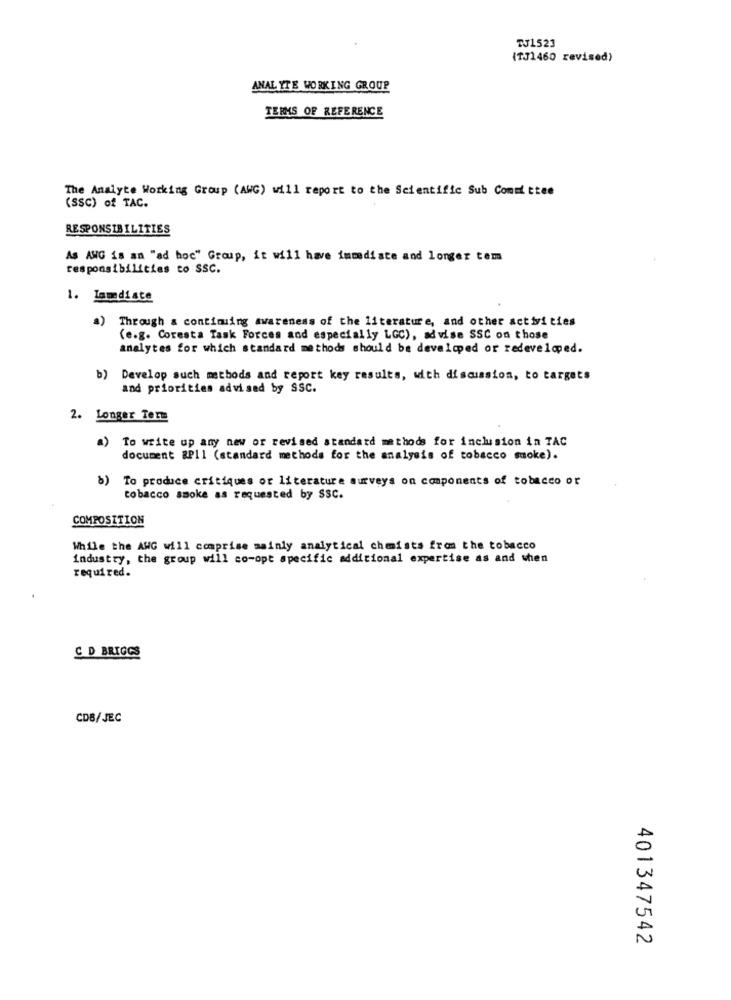
TJ1523
(TJ1460 revised)
ANAL YTE WORKING GROUP
TERMS OF REFERENCE
The Analyte Working Group (AWG) will report to the Scientific Sub Committee
(SSC) of TAC.
RESPONSIBILITIES
As ANG is an "ad hoc" Group, it will have immediate and longer tem
responsibilities to SSC.
1. Iamdiste
a)
Through & continuing awareness of the literature, and other activities
(e.g. Coresta Task Forces and especially LGC), advise SSC on those
analytes for which standard methods should be developed or redeveloped.
b)
Develop such methods and report key results, with discussion, to targets
and priorities advised by SSC.
2. Longer Term
a) To write up any new or revised standard methods for inclusion in TAC
document &P11 (standard methods for the analysis of tobacco smoke).
To produce critiques or literature surveys on components of tobacco or
tobacco smoke as requested by SSC.
COMPOSITION
While the AWG will comprise mainly analytical chemists from the tobacco
industry, the group will co-opt specific additional expertise as and when
required.
C D BRIGGS
CDB/JEC
401347542